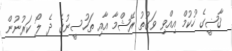
ޤާޟީގެ ހުކުމް އިއްވި ވަގުތު ރޭޝްމާ އާއި ތަހުސީނުގެ ދެ ލޯ ކަރުނުން